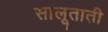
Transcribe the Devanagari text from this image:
सालूताती